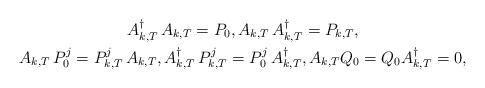
LaTeX: \begin{gather*}A_{k,T}^\dagger \, A_{k,T}= P_0, A_{k,T}\, A_{k,T}^\dagger = P_{k,T}, \\A_{k,T}\, P_0^j = P_{k,T}^j \, A_{k,T}, A_{k,T}^\dagger\, P_{k,T}^j = P_0^j \, A_{k,T}^\dagger, A_{k,T} Q_0=Q_0 A^\dagger_{k,T}=0,\end{gather*}